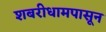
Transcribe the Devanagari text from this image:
शबरीधामपासून